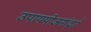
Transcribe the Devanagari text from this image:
उपाययोजनांद्वारे